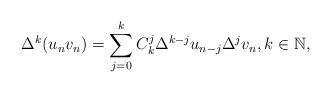
LaTeX: \begin{align*}\Delta^k (u_n v_n) = \sum\limits_{j=0}^{k} C_{k}^j \Delta^{k-j} u_{n-j} \Delta^j v_{n},k\in \mathbb{N},\end{align*}